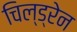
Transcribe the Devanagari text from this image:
चिल्‍ड्रेन